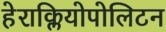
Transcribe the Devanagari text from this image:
हेराक्लियोपोलिटन